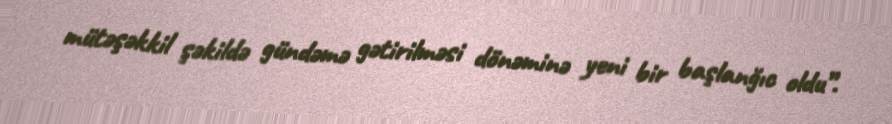
mütəşəkkil şəkildə gündəmə gətirilməsi dönəminə yeni bir başlanğıc oldu”.